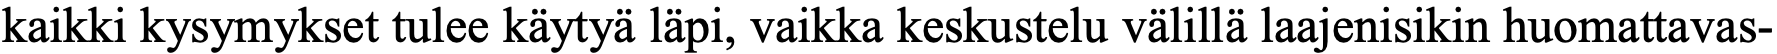
kaikki kysymykset tulee käytyä läpi, vaikka keskustelu välillä laajenisikin huomattavas-